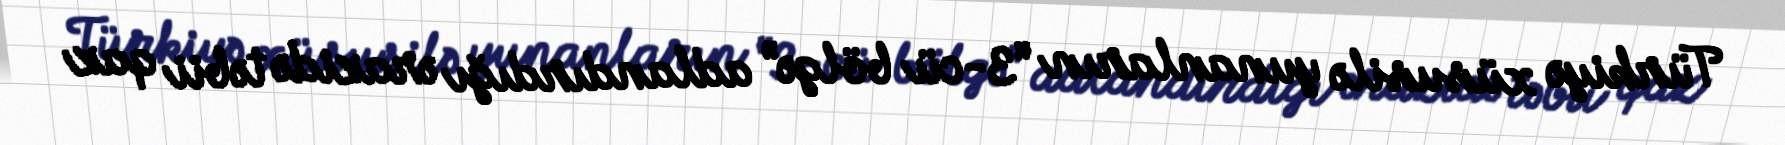
Türkiyə xüsusilə yunanların “3-cü bölgə” adlandırdığı ərazidə təbii qaz